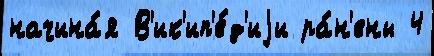
начина́я В'ик'ип'е́д'иjи ра́н'ены 4